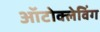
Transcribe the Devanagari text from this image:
ऑटोक्लेविंग